Report on lock hospitals in British Burma
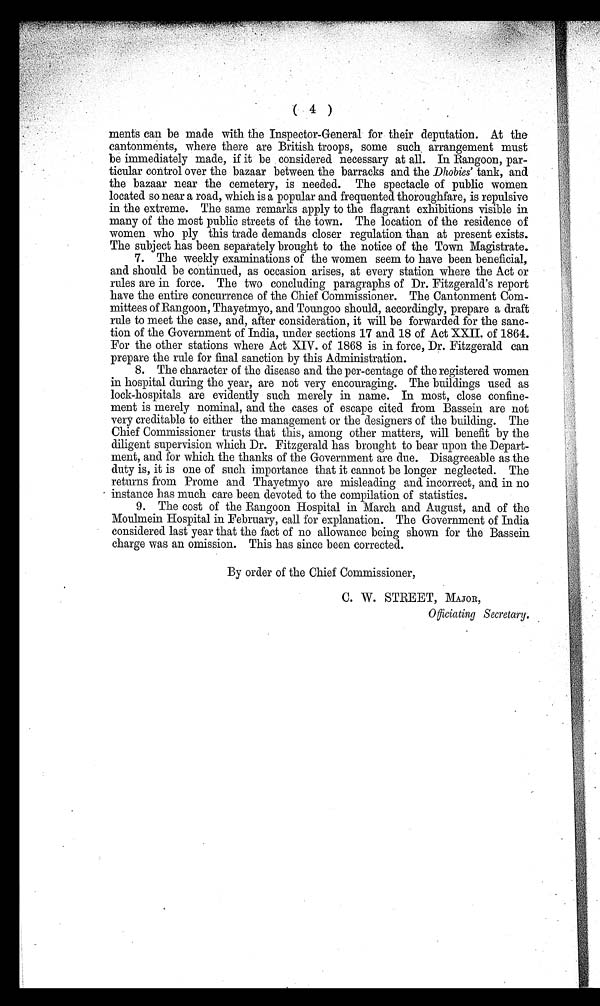
( 4 )
ments can be made with the Inspector-General for their deputation. At the
cantonments, where there are British troops, some such arrangement must
be immediately made, if it be considered necessary at all. In Rangoon, par-
ticular control over the bazaar between the barracks and the Dhobies' tank, and
the bazaar near the cemetery, is needed. The spectacle of public women
located so near a road, which is a popular and frequented thoroughfare, is repulsive
in the extreme. The same remarks apply to the flagrant exhibitions visible in
many of the most public streets of the town. The location of the residence of
women who ply this trade demands closer regulation than at present exists.
The subject has been separately brought to the notice of the Town Magistrate.
7. The weekly examinations of the women seem to have been beneficial,
and should be continued, as occasion arises, at every station where the Act or
rules are in force. The two concluding paragraphs of Dr. Fitzgerald's report
have the entire concurrence of the Chief Commissioner. The Cantonment Com-
mittees of Rangoon, Thayetmyo, and Toungoo should, accordingly, prepare a draft
rule to meet the case, and, after consideration, it will be forwarded for the sanc-
tion of the Government of India, under sections 17 and 18 of Act XXII. of 1864.
For the other stations where Act XIV. of 1868 is in force, Dr. Fitzgerald can
prepare the rule for final sanction by this Administration.
8. The character of the disease and the per-centage of the registered women
in hospital during the year, are not very encouraging. The buildings used as
lock-hospitals are evidently such merely in name. In most, close confine-
ment is merely nominal, and the cases of escape cited from Bassein are not
very creditable to either the management or the designers of the building. The
Chief Commissioner trusts that this, among other matters, will benefit by the
diligent supervision which Dr. Fitzgerald has brought to bear upon the Depart-
ment, and for which the thanks of the Government are due. Disagreeable as the
duty is, it is one of such importance that it cannot be longer neglected. The
returns from Prome and Thayetmyo are misleading and incorrect, and in no
instance has much care been devoted to the compilation of statistics.
9. The cost of the Rangoon Hospital in March and August, and of the
Moulmein Hospital in February, call for explanation. The Government of India
considered last year that the fact of no allowance being shown for the Bassein
charge was an omission. This has since been corrected.
By order of the Chief Commissioner,
C. W. STREET, MAJOR,
Officiating Secretary.